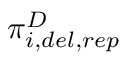
\pi _ { i , d e l , r e p } ^ { D }